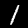
Label: 1